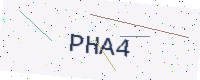
Text: PHA4